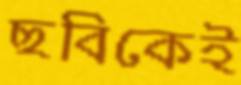
ছবিকেই